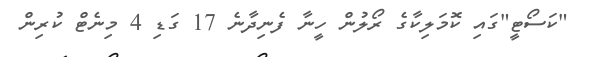
"ކަސޯޓީ"ގައި ކޮމަލިކާގެ ރޯލުން ހީނާ ފެނިދާނެ 17 ގަޑި 4 މިނެޓް ކުރިން